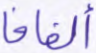
ألفافا